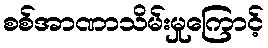
စစ်အာဏာသိမ်းမှုကြောင့်